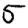
Digit: 5